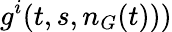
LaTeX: g^{i}(t,s,n_{G}(t)))